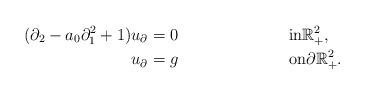
LaTeX: \begin{align*}(\partial_2 - a_0 \partial_1^2 +1) u_{\partial} & = 0&& \textrm{in} \mathbb{R}^2_+,\\u_{\partial} & = g && \textrm{on}\partial \mathbb{R}^2_+. \end{align*}